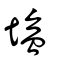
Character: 鹽